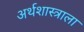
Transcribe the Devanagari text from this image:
अर्थशास्त्राला